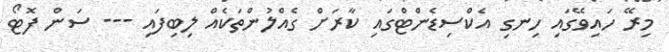
މިރޭ ހައިވޭގައި ހިނގި އެކްސިޑެންޓްގައި ކާރަށް ގެއްލުންތަކެއް ލިބިފައި --- ސަން ފޮޓޯ